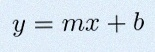
y=mx+b